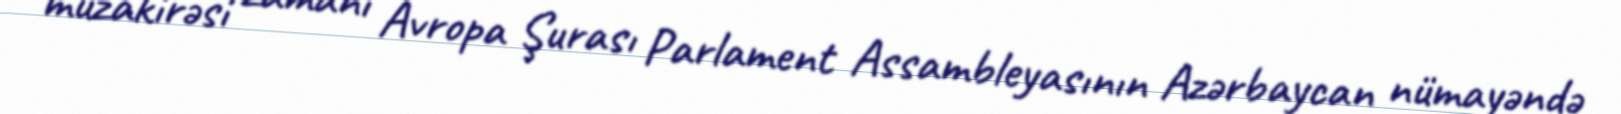
müzakirəsi zamanı Avropa Şurası Parlament Assambleyasının Azərbaycan nümayəndə